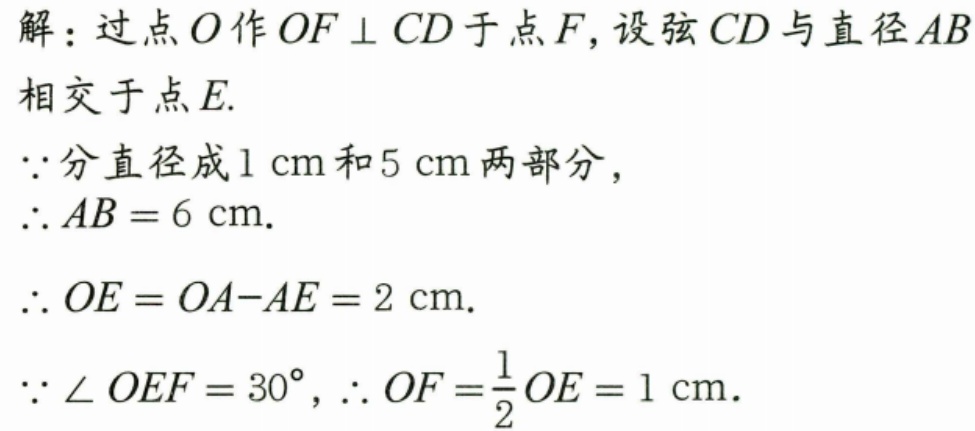
解：过点\(O\)作\(OF \perp CD\)于点\(F\)，设弦\(CD\)与直径\(AB\)
相交于点\(E\).
\(\because\)分直径成\(1\mathrm{cm}\)和\(5\mathrm{cm}\)两部分，
\(\therefore AB = 6\mathrm{cm}\).
\(\therefore OE = OA - AE = 2\mathrm{cm}\).
\(\because \angle OEF = 30^{\circ}\)，\(\therefore OF=\frac{1}{2}OE = 1\mathrm{cm}\).